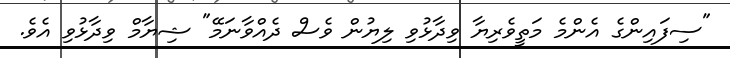
"ސިފައިންގެ އެންމެ މަތީވެރިޔާ ވިދާޅުވި ލިޔުން ވެސް ދެއްވާނަމޭ" ޝިޔާމް ވިދާޅުވި އެވެ.